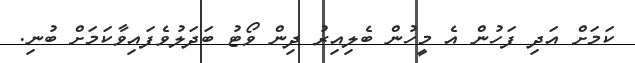
ކަމަށް އަދި ފަހުން އެ މީހުން ބެލިއިރު ދިން ވޯޓު ބަދަލުވެފައިވާކަމަށް ބުނި.